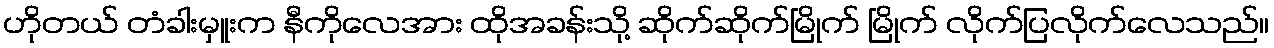
ဟိုတယ် တံခါးမှူးက နီကိုလေအား ထိုအခန်းသို့ ဆိုက်ဆိုက်မြိုက် မြိုက် လိုက်ပြလိုက်လေသည်။